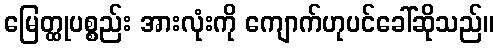
မြေတ္ထုပစ္စည်း အားလုံးကို ကျောက်ဟုပင်ခေါ်ဆိုသည်။